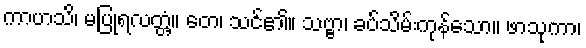
ကာဟသိ၊ မပြုရလတ္တံ့။ တေ၊ သင်၏။ သဗ္ဗာ၊ ခပ်သိမ်းကုန်သော။ ဖာသုကာ၊